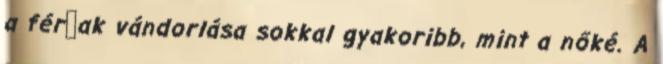
a férﬁak vándorlása sokkal gyakoribb, mint a nőké. A